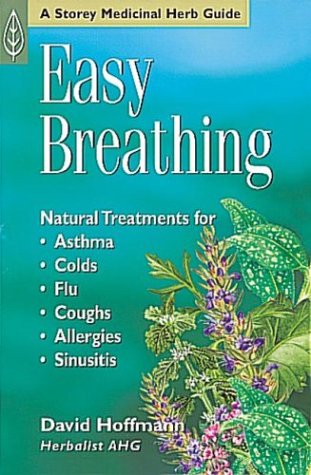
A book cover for Easy Breathing: Natural Treatments For Asthma, Colds, Flu, Coughs, Allergies & Sinusitis; David Hoffman; Health, Fitness & Dieting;